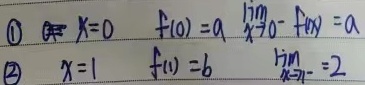
\textcircled{1} \(x = 0\)，\(f(0)=a\)，\(\lim_{x\rightarrow0^{-}}f(x)=a\)；\textcircled{2} \(x = 1\)，\(f(1)=b\)，\(\lim_{x\rightarrow1^{-}}f(x)= 2\)